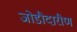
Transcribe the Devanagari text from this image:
जोडीदारीण